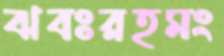
ঝবঃরহমং